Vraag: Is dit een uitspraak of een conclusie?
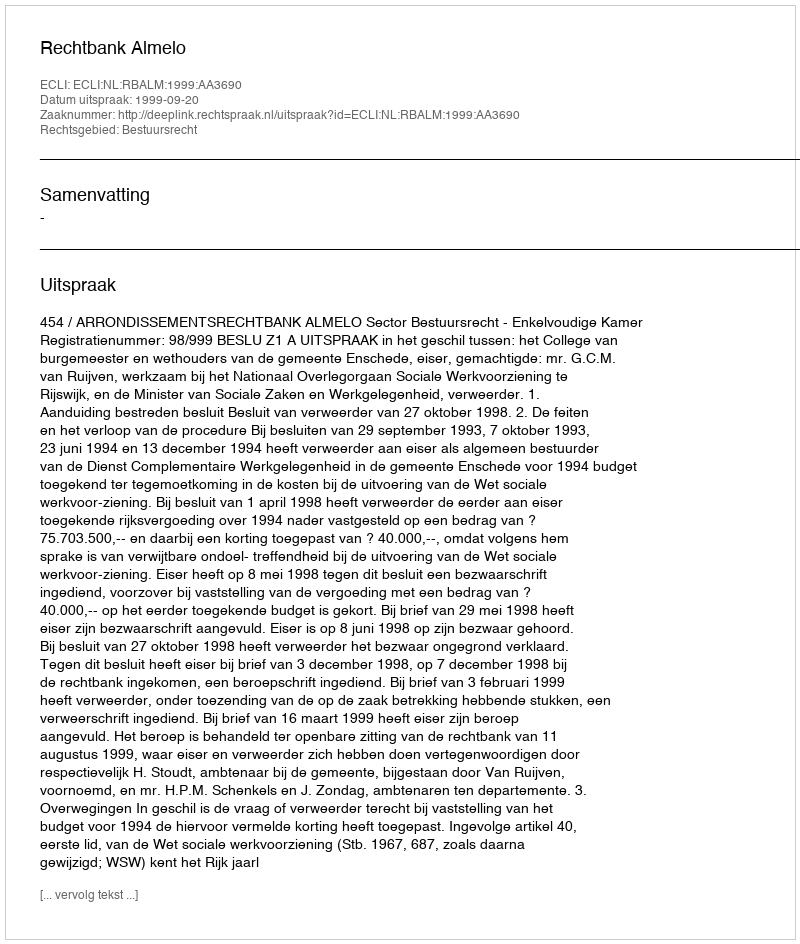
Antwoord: Uitspraak